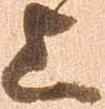
上